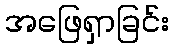
အဖြေရှာခြင်း